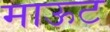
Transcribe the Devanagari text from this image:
माऊट